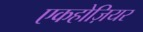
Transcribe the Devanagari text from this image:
एकहोज़ियर